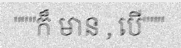
"""ក៏ មាន , បើ"""